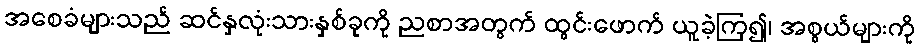
အစေခံများသည် ဆင်နှလုံးသားနှစ်ခုကို ညစာအတွက် ထွင်းဖောက် ယူခဲ့ကြ၍၊ အစွယ်များကို